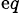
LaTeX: _{\mathrm{e}q}